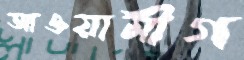
আওয়ামীগ